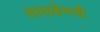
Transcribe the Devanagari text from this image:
लालबेगची